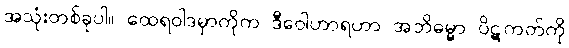
အသုံးတစ်ခုပါ။ ထေရဝါဒမှာကိုက ဒီဝေါဟာရဟာ အဘိဓမ္မာ ပိဋကတ်ကို